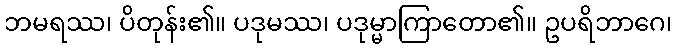
ဘမရဿ၊ ပိတုန်း၏။ ပဒုမဿ၊ ပဒုမ္မာကြာတော၏။ ဥပရိဘာဂေ၊